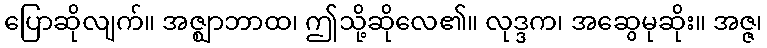
ပြောဆိုလျက်။ အဇ္ဈာဘာထ၊ ဤသို့ဆိုလေ၏။ လုဒ္ဒက၊ အဆွေမုဆိုး။ အဇ္ဇ၊